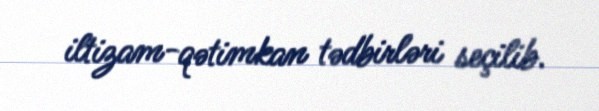
iltizam-qətimkan tədbirləri seçilib.